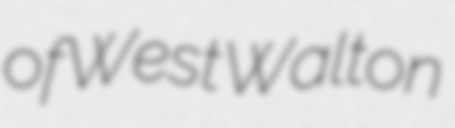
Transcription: of West Walton